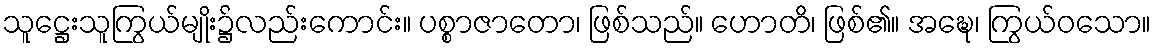
သူဋ္ဌေးသူကြွယ်မျိုး၌လည်းကောင်း။ ပစ္စာဇာတော၊ ဖြစ်သည်။ ဟောတိ၊ ဖြစ်၏။ အဍ္ဎေ၊ ကြွယ်ဝသော။